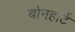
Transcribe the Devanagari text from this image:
बोनहार्ट